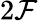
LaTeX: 2\mathcal{F}